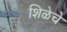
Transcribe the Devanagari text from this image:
शिळेचे